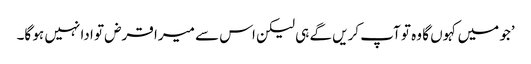
’جو میں کہوں گا وہ تو آپ کریں گے ہی لیکن اس سے میرا قرض تو ادا نہیں ہو گا۔